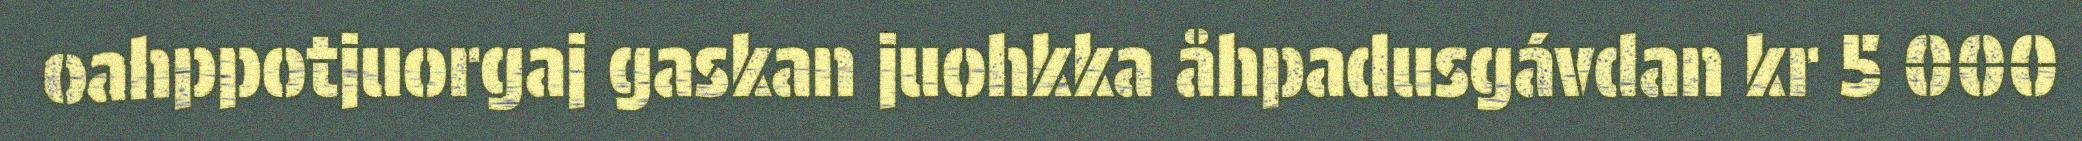
oahppotjuorgaj gaskan juohkka åhpadusgávdan kr 5 000